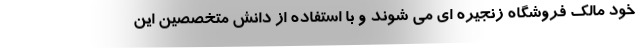
خود مالک فروشگاه زنجیره ای می شوند و با استفاده از دانش متخصصین این